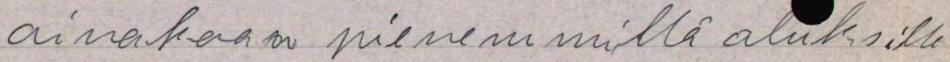
ainakaan pienemmillä aluksilla